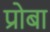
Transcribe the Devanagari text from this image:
प्रोबा